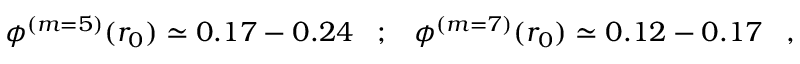
\phi ^ { ( m = 5 ) } ( r _ { 0 } ) \simeq 0 . 1 7 - 0 . 2 4 \; \; \; ; \; \; \; \phi ^ { ( m = 7 ) } ( r _ { 0 } ) \simeq 0 . 1 2 - 0 . 1 7 \; \; \; ,